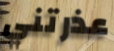
عذرتني